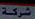
شركة